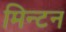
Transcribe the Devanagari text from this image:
मिन्टन